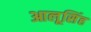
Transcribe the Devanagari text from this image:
आलूसिंह